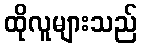
ထိုလူများသည်